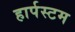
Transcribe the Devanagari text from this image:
हार्पस्टम